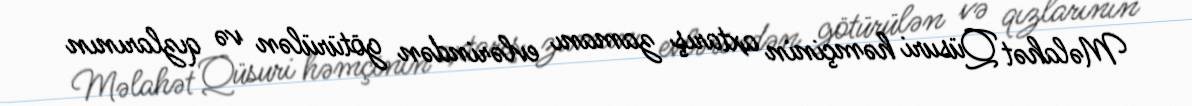
Məlahət Qüsuri həmçinin axtarış zamanı evlərindən götürülən və qızlarının